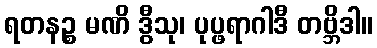
ရတနဉ္စ မဏိ ဒွီသု၊ ပုပ္ဖရာဂါဒီ တဗ္ဘိဒါ။